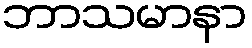
ဘာသမာနာ